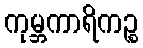
ကုမ္ဘကာရိကဉ္စ